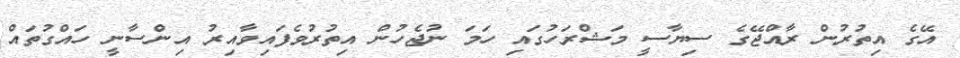
އޭގެ އިތުރުން ރާއްޖޭގެ ސިޔާސީ މަޝްރަހުގައި ހަމަ ނުޖެހުން އިތުރުވެފައިވާއިރު އިންސާނީ ހައްގުތައް